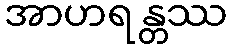
အာဟရန္တဿ